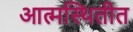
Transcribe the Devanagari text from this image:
आत्मस्थितीत